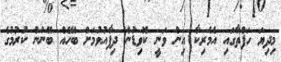
މިދިޔަ ހަފްތާގައި އެމެރިކާ އިން ވަނީ ކޮވިޑުން ދިފާއުވުމަށް ބޭހެއް ބޭނުން ކުރުމުގެ